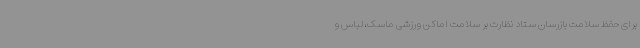
برای حفظ سلامت بازرسان ستاد نظارت بر سلامت اماکن ورزشی ماسک،لباس و